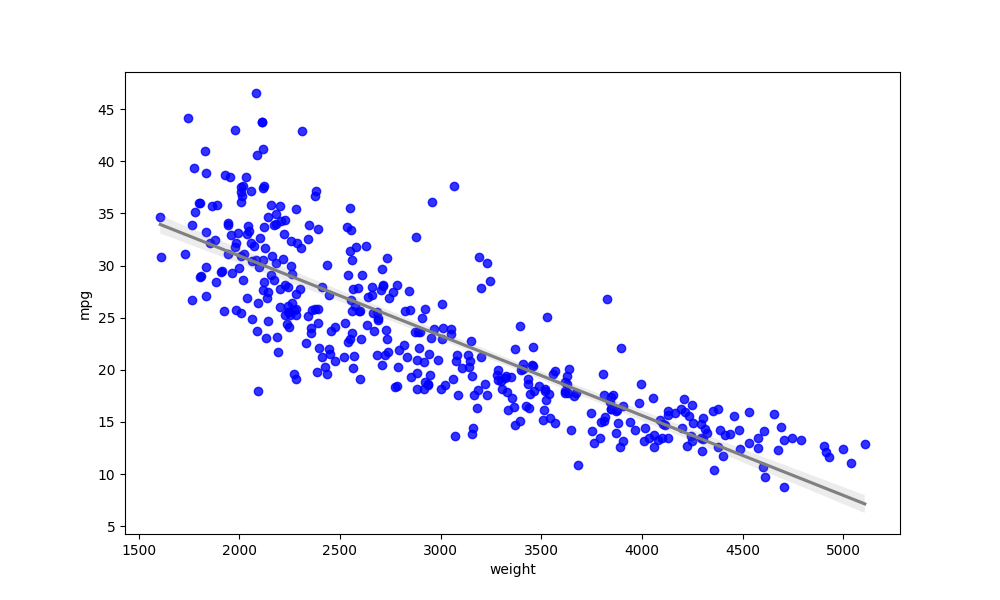
python, seaborn, regplot, order=1, ci=95, scatter_color=blue, line_color=gray